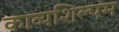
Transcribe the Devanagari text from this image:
काव्यशिल्पम